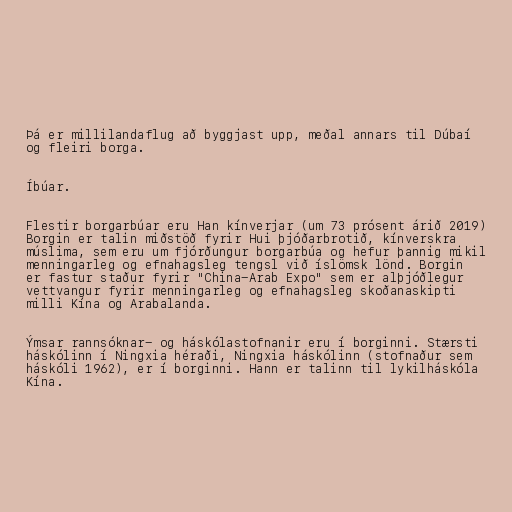
Þá er millilandaflug að byggjast upp, meðal annars til Dúbaí
og fleiri borga.

Íbúar.

Flestir borgarbúar eru Han kínverjar (um 73 prósent árið 2019)
Borgin er talin miðstöð fyrir Hui þjóðarbrotið, kínverskra
múslima, sem eru um fjórðungur borgarbúa og hefur þannig mikil
menningarleg og efnahagsleg tengsl við íslömsk lönd. Borgin
er fastur staður fyrir "China-Arab Expo" sem er alþjóðlegur
vettvangur fyrir menningarleg og efnahagsleg skoðanaskipti
milli Kína og Arabalanda.

Ýmsar rannsóknar- og háskólastofnanir eru í borginni. Stærsti
háskólinn í Ningxia héraði, Ningxia háskólinn (stofnaður sem
háskóli 1962), er í borginni. Hann er talinn til lykilháskóla
Kína.